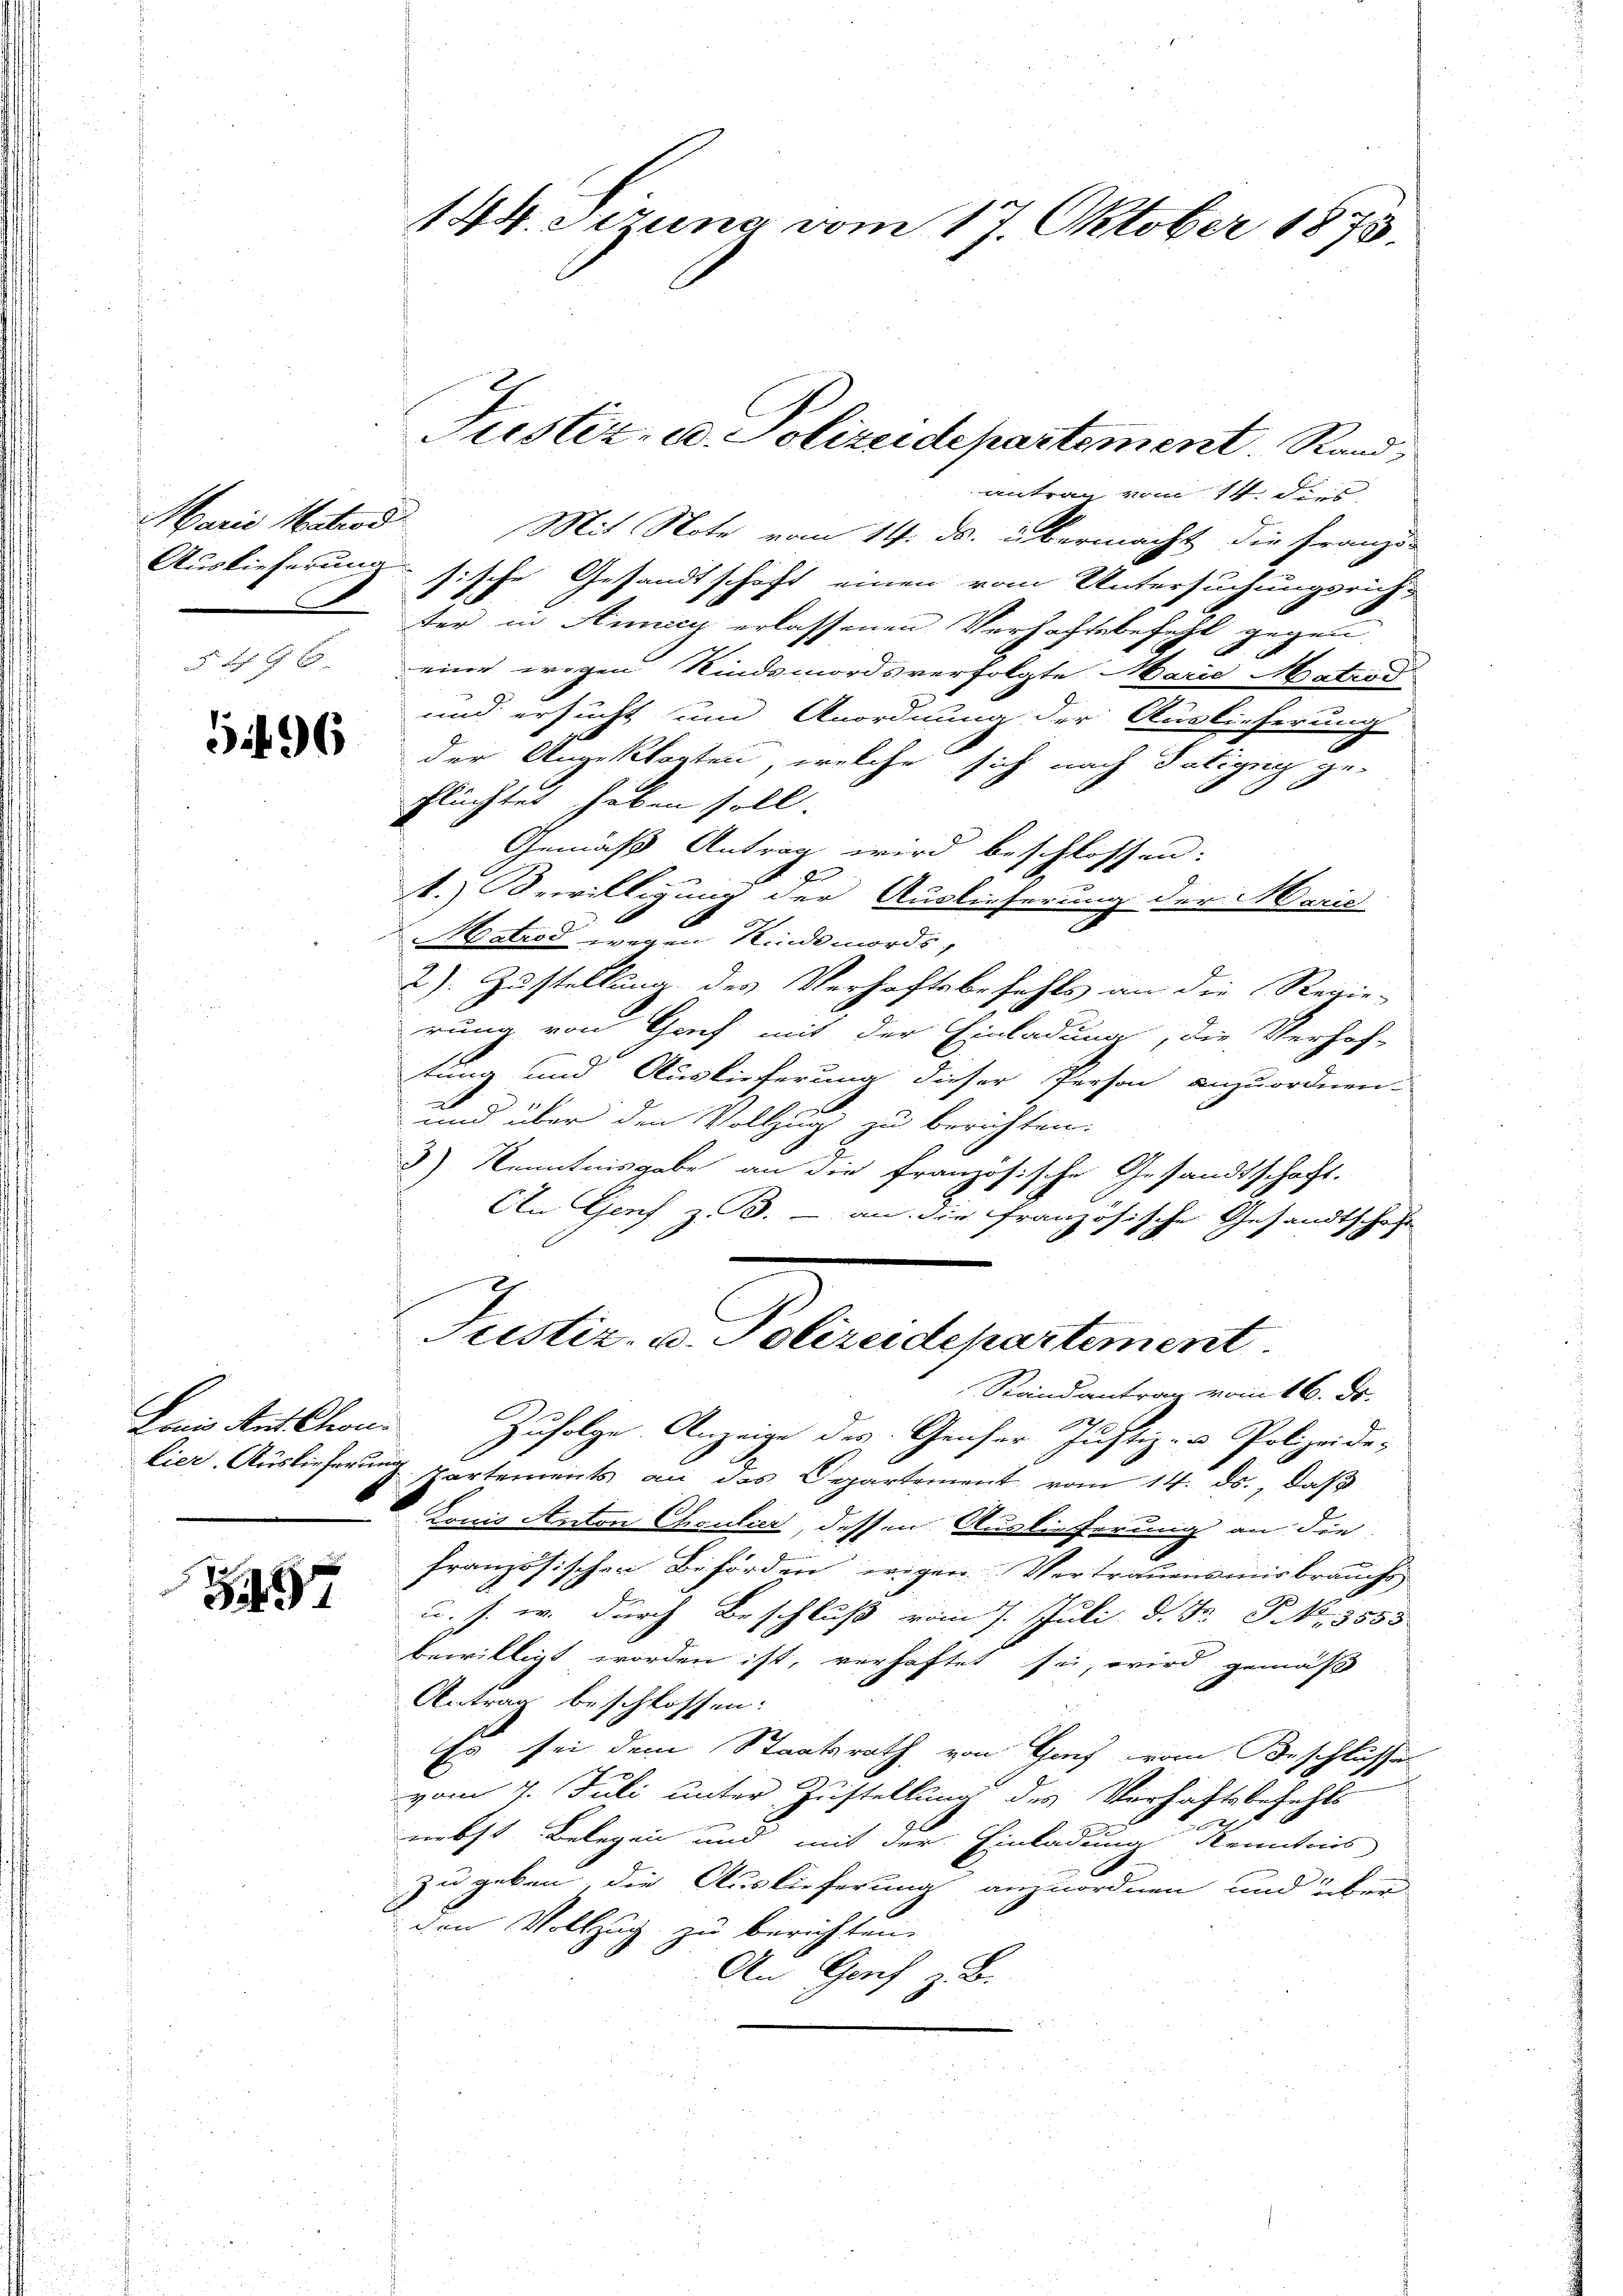
§ 496.

5496

Lanio Art Chau¬

57

Marie Matrod Mit Note vom 14. ds. übermacht die Franzö-
Auslieferung sische Gesandtschaft einen vom Untersuchungsrich-
ter in Ansich erlassenen Verhaftsbefehl gegen
eine wegen Kindsmordsverfolgte Marie Matrod
und ersucht und Anordnung der Auslieferung
der Angeklagten, welche sich nach Sating ge-
flüchtet haben soll.
Gemäß Antrag wird beschlossen:
s
1.) Bewilligung der Auslieferung der Marie
Matrod wegen Kinde mords,
2) Zustellung des Verhaftsbefehls an die Regie-
rung von Graf mit der Einladung, die Verhof-
tung und Auslieferung dieser Person anzuordnen.
und über den Vollzung u berichten.
.
3.) Kenntnisgabe an die französische Gesandtschaft.
An Genf z. B. - an die Franzo,
ische Gesandtschaft
1
d
Justiz- u. Polizeidepartement
Randantrag vom 16. Dr.
Zufolge Anzeige des Genfer Justiz- & Polizeide¬
Eier, Auslieferung Partements an das Departement vom 14. ds., daß
Lonis Anton Choutier, dessen Auslieferung an die
französischen Behörden wegen Vertrauensmisbrauch
u. s. w. durch Beschluß vom 7. Juli d. Fr. S. 3553
bewilligt worden ist, verhaftet sei, wird gemäß
Antrag beschlossen:
Es sei dem Staatsrath von Haus vom Beschlussen
vom 7. Juli unter Zustellung des Verhaftsbefehls

nebst Belegen und mit der Einladung Kenntnis
zu geben, die Auslieferung anzuordnen und über
den Vollzug zu berichten.
Au Genf z. B.

144. Sizung vom 17. Oktober 1873.

Justiz- u. Polizeidepartement. Rand,
antrag vom 14. d.